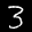
Label: 3